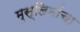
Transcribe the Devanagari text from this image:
मुस्लिमांचा